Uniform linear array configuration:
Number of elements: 24
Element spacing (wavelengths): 1
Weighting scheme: cosine
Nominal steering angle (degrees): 60
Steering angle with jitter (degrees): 61.927
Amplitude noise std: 0.05
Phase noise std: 0.05

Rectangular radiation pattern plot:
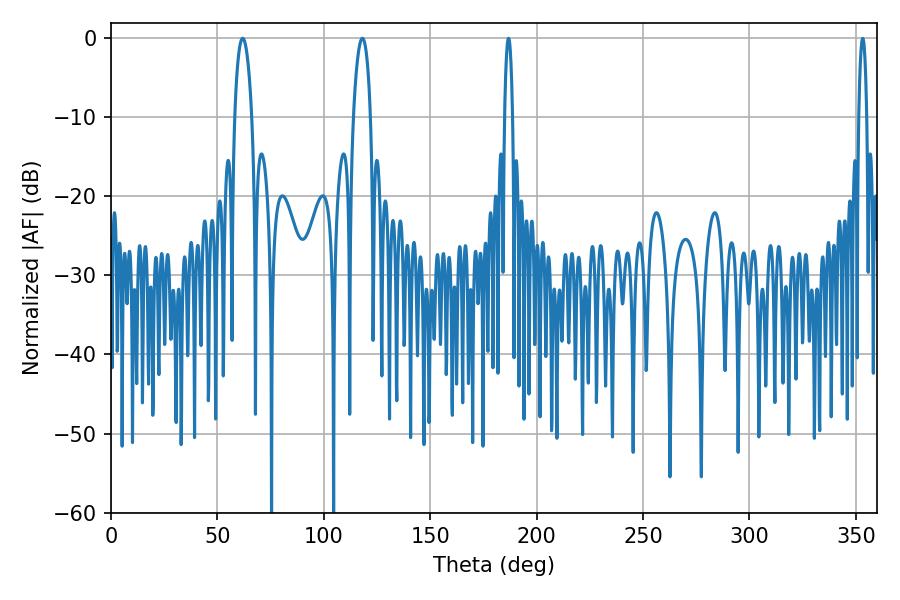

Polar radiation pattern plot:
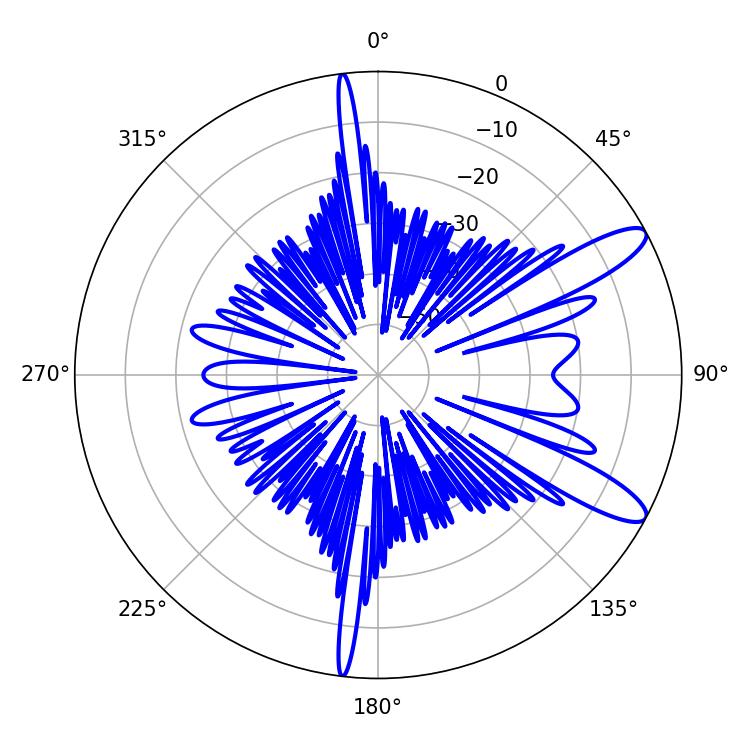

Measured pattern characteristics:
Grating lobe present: TRUE
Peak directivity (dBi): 11.353
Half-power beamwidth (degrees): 4.5
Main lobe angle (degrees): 61.92